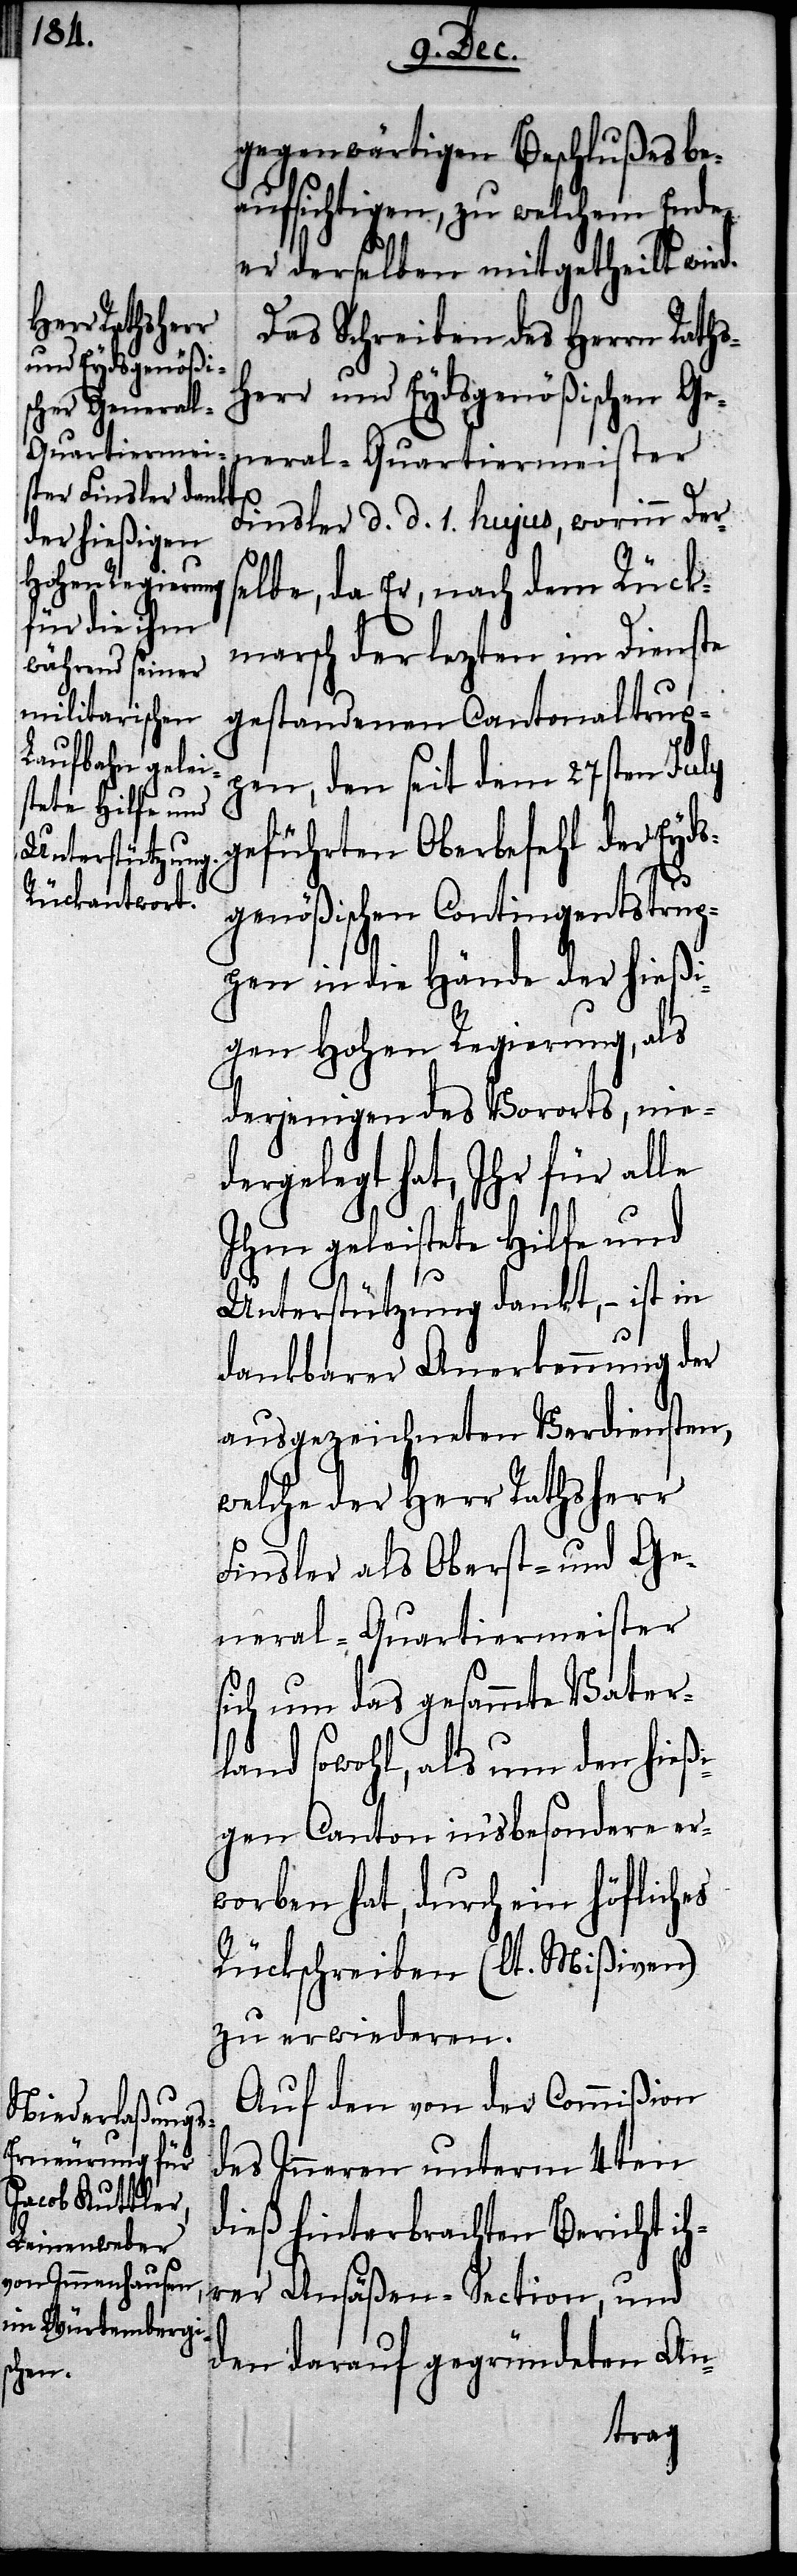
gegenwärtigen Beschlußes be¬
aufsichtigen, zu welchem Ende
er derselben mitgetheilt wir¬
Das Schreiben des Herrn Raths¬
herr und Eydsgenößischen Ge¬
neral-Quartiermeister
d.
Finsler d. d. 1. hujus, worinn Der¬
selbe, da Er, nach dem Rück¬
marsch der lezten im Dienste
gestandenen Cantonaltrup¬
pen, den seit dem 27sten July
geführten Oberbefehl der Eyds¬
genößischen Contingentstrup¬
pen in die Hände der hießi¬
gen Hohen Regierung, als
derjenigen des Vororts, nie¬
dergelegt hat, Ihr für alle
Ihm geleistete Hilfe und
Unterstützung dankt, – ist in
dankbarer Anerkennung der
ausgezeichneten Verdiensten,
welche der Herr Rathsherr
Finsler als Oberst- und Ge¬
neral-Quartiermeister
sich um das gesammte Vater¬
land sowohl, als um den hieß¬
igen Canton insbesondere er¬
worben hat, durch ein höfliches
Rückschreiben (lt. Mißiven)
zu erwiederen.
Auf den von der Commißion
des Inneren unterm 4ten
dieß hinterbrachten Bericht ih¬
rer Ansäßen-Section, und
den darauf gegründeten An-